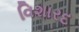
વિશારદ